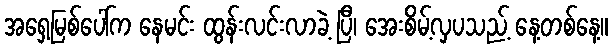
အရှေ့မြစ်ပေါ်က နေမင်း ထွန်းလင်းလာခဲ့ ပြီ၊ အေးစိမ့်လှပသည့် နေ့တစ်နေ့။